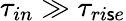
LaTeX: \tau_{in}\gg\tau_{ri\mathsf{s}e}